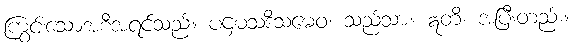
ကြွင်းသောအစီအရင်သည်။ ပဌမသဒိသမေဝ၊ သည်သာ။ ဣတိ၊ အပြီးတည်း။